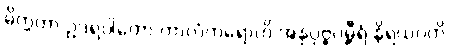
ဓိက္ကတာ ဥဒရဝါတော ကာလံကရောတိ အနုပုဗ္ဗဂမ္ဘီရံ နိရယဂတိ